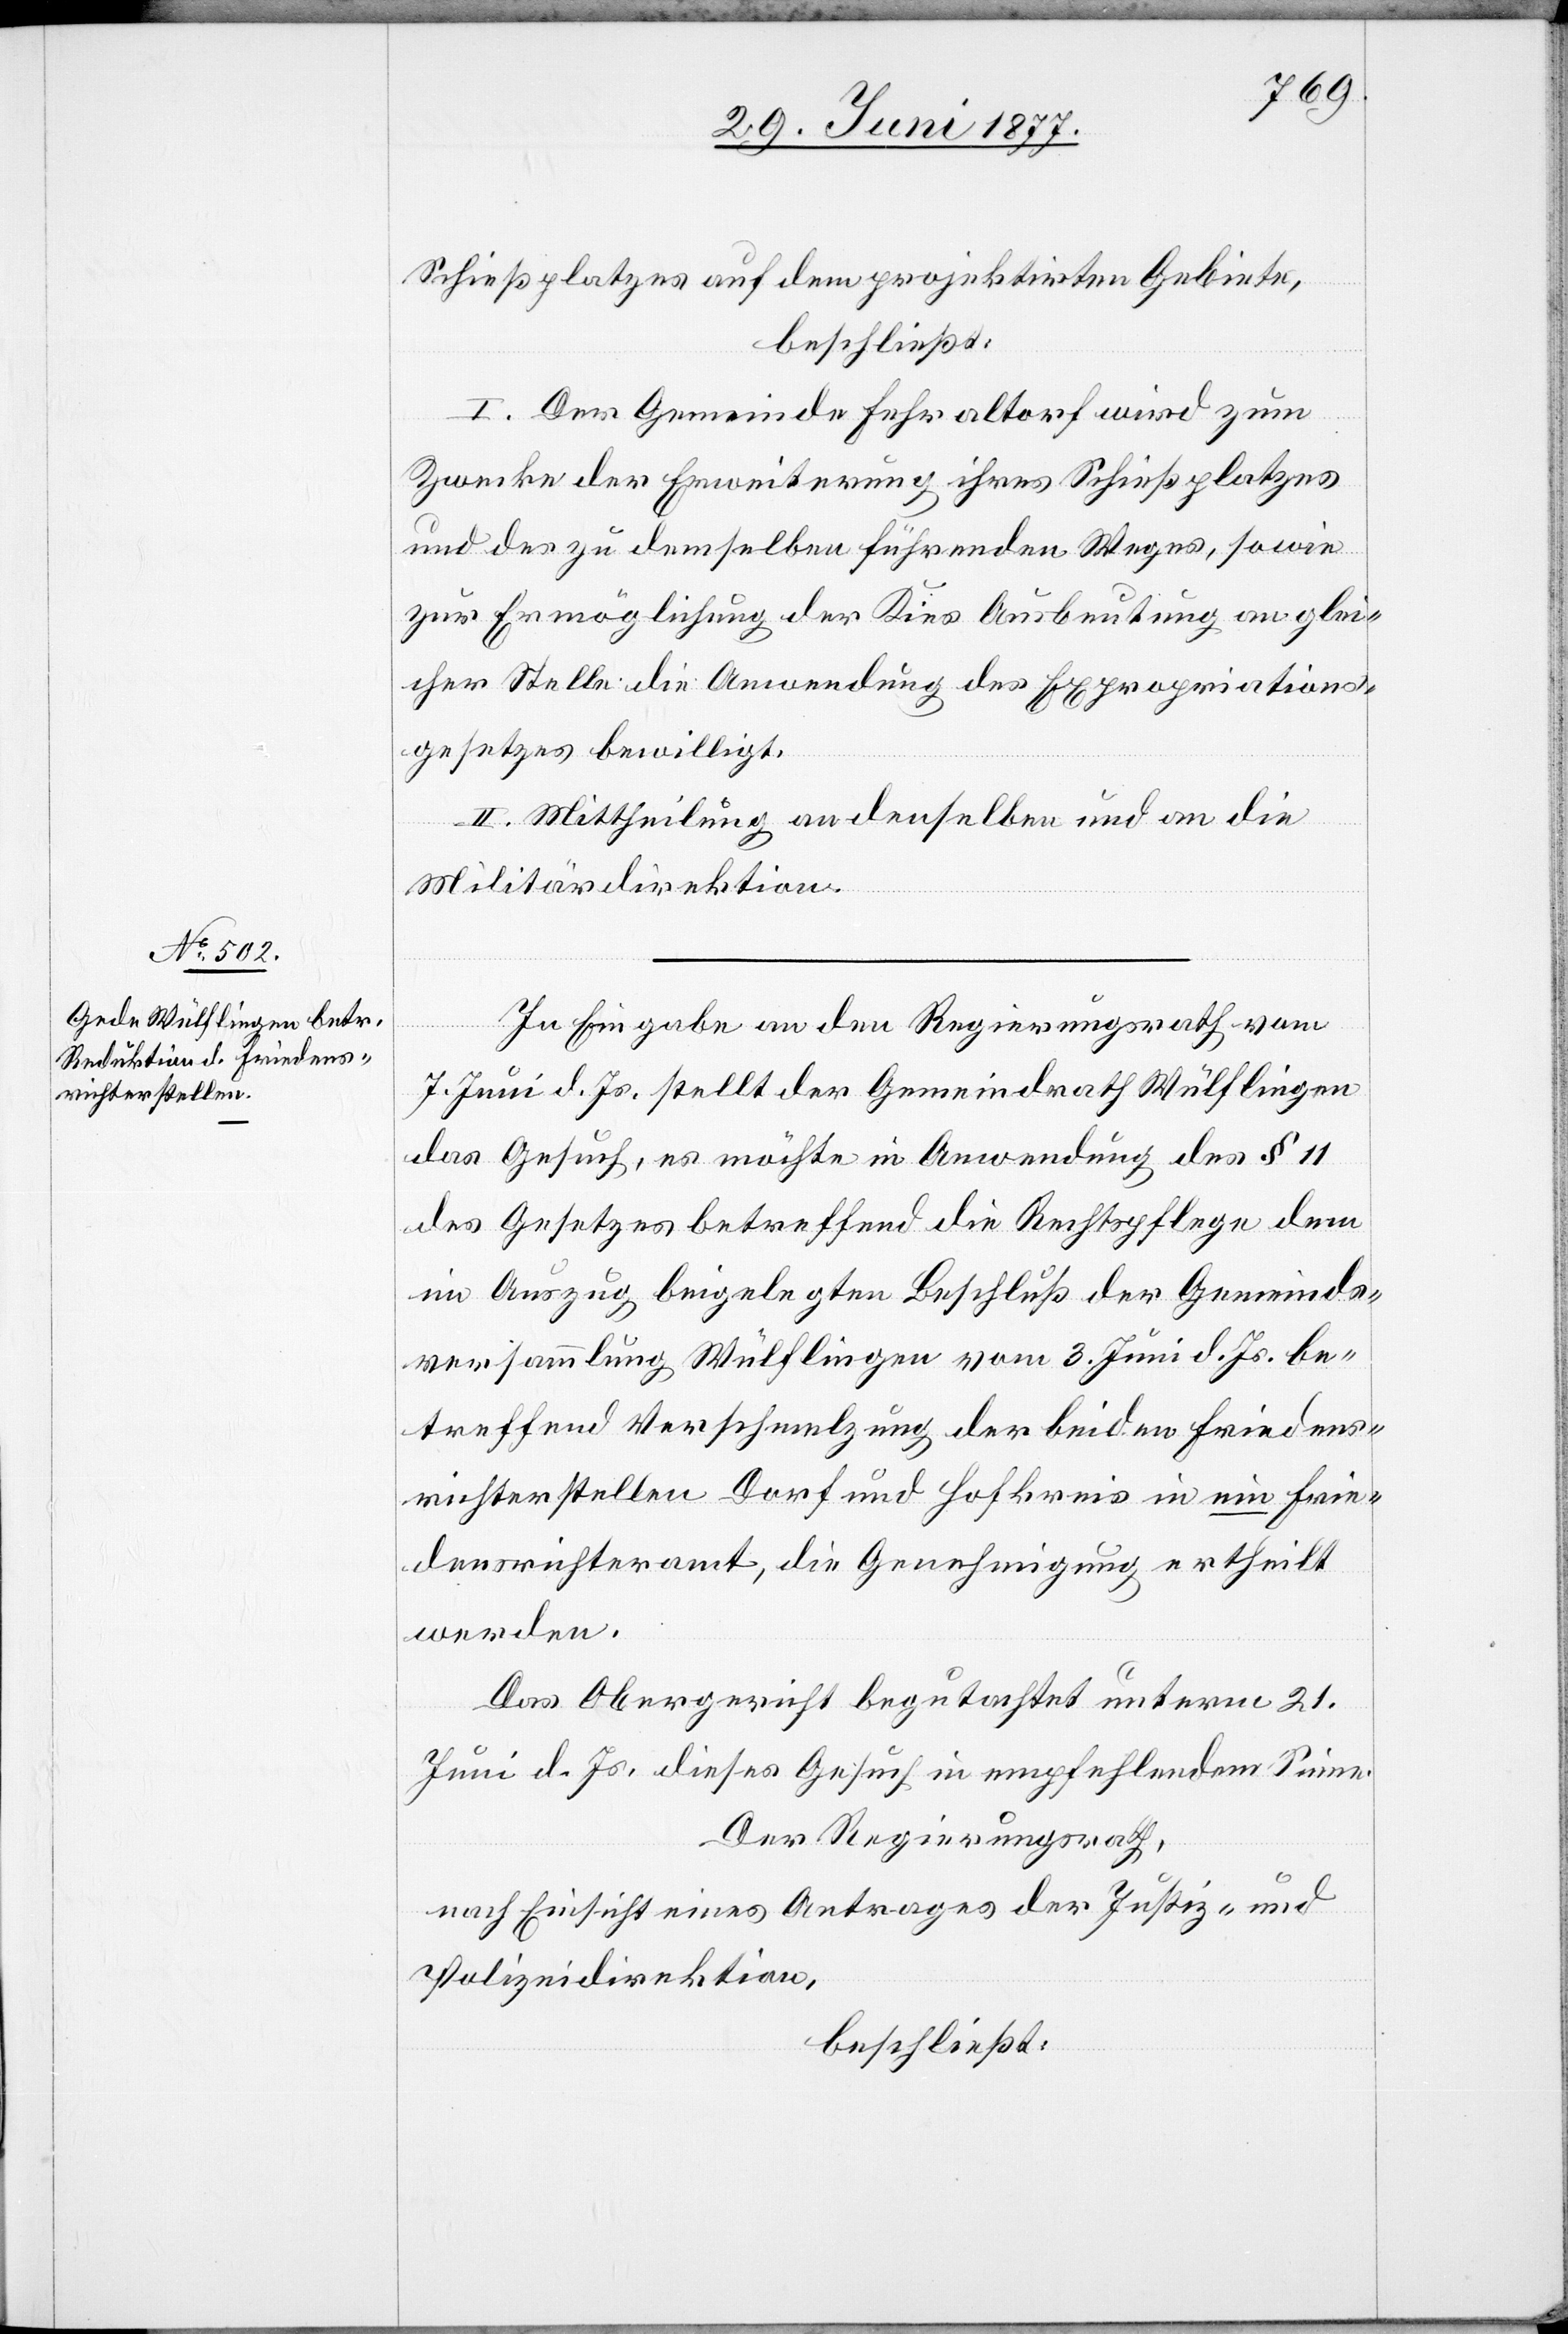
Schießplatzes auf dem projektirten Gebiete,
beschließt:
I. Der Gemeinde Fehraltorf wird zum
Zwecke der Erweiterung ihres Schießplatzes
und des zu demselben führenden Weges, sowie
zur Ermöglichung der Kies[-]Ausbeutung an glei¬
cher Stelle die Anwendung des Expropriations¬
gesetzes bewilligt.
II. Mittheilung an denselben und an die
Militärdirektion.
In Eingabe an den Regierungsrath vom
7. Juni d. Js. stellt der Gemeindrath Wülflingen
das Gesuch, es möchte in Anwendung des § 11
des Gesetzes betreffend die Rechtspflege dem
im Auszug beigelegten Beschluß der Gemeinds¬
versammlung Wülflingen vom 3. Juni d. Js. be¬
treffend Verschmelzung der beiden Friedens¬
richterstellen Dorf und Hofkreis in ein Frie¬
densrichteramt, die Genehmigung ertheilt
werden.
Das Obergericht begutachtet unterm 21.
Juni d. Js. dieses Gesuch in empfehlendem Sinne.
Der Regierungsrath,
nach Einsicht eines Antrages der Justiz- und
Polizeidirektion,
beschließt: